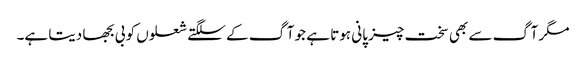
مگر آگ سے بھی سخت چیز پانی ہوتا ہے جو آگ کے سلگتے شعلوں کو بی بجھا دیتا ہے۔